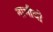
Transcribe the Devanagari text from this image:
नाभीची